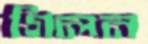
গিলন